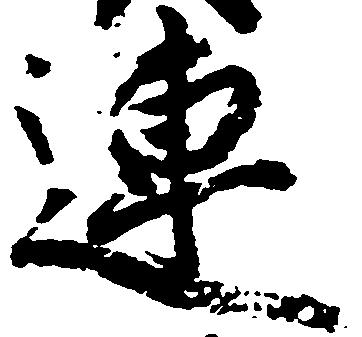
連